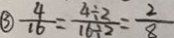
\textcircled { 3 } \frac { 4 } { 1 6 } = \frac { 4 \div 2 } { 1 6 \div 2 } = \frac { 2 } { 8 }